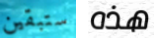
ستبقين هذه